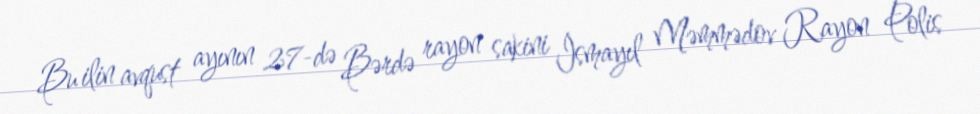
Bu ilin avqust ayının 27-də Bərdə rayon sakini İsmayıl Məmmədov Rayon Polis